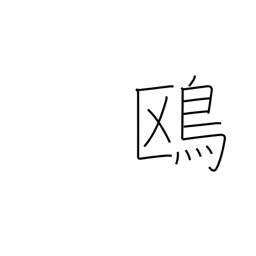
Meaning: seagull